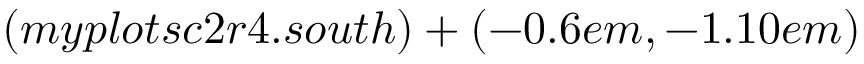
( m y p l o t s c 2 r 4 . s o u t h ) + ( - 0 . 6 e m , - 1 . 1 0 e m )